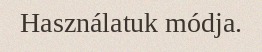
Használatuk módja.